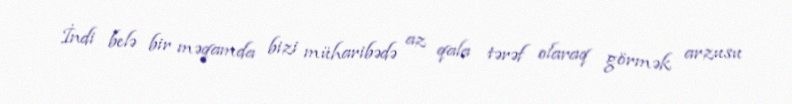
İndi belə bir məqamda bizi müharibədə az qala tərəf olaraq görmək arzusu